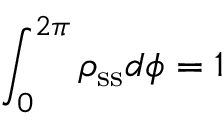
\int _ { 0 } ^ { 2 \pi } \rho _ { \mathrm { s s } } d \phi = 1